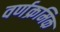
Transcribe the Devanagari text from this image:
वर्णक्रमिक